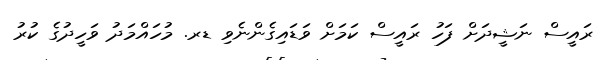
ރައީސް ނަޝީދަށް ފަހު ރައީސް ކަމަށް ވަޑައިގެންނެވި ޑރ. މުހައްމަދު ވަހީދުގެ ކުރު